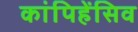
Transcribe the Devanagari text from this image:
कांपिहेंसिव